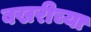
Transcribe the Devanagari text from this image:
बखरीच्या